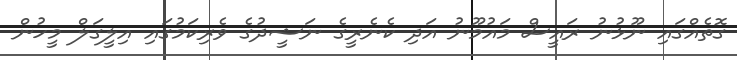
ގޮތެއްގައި ނޫޅުނު ރައީސް މައުމޫނު އަދި ކެނެރީގެ ނަޝީދުގެ ވެރިކަމުގައި އިލީގަލް މީހުން